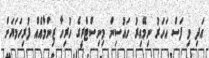
އަދި މި ފަސް އަހަރު ނިމޭއިރު ހައުސިން މިނިސްޓްރީގެ ހުރިހާ ޒިންމާއެއް ފުރިހަމަޔަށް